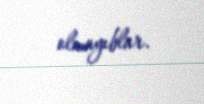
olmayıblar.